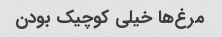
مرغ‌ها خیلی کوچیک بودن